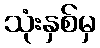
သုံးနှစ်မှ